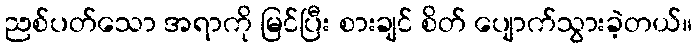
ညစ်ပတ်သော အရာကို မြင်ပြီး စားချင် စိတ် ပျောက်သွားခဲ့တယ်။